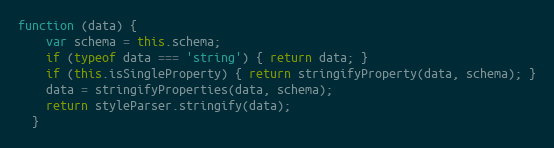
Language: JavaScript
function (data) {
    var schema = this.schema;
    if (typeof data === 'string') { return data; }
    if (this.isSingleProperty) { return stringifyProperty(data, schema); }
    data = stringifyProperties(data, schema);
    return styleParser.stringify(data);
  }